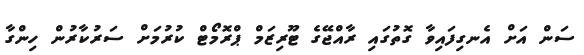
ސަން އަށް އެނގިފައިވާ ގޮތުގައި ރާއްޖޭގެ ޓޫރިޒަމް ޕްރޮމޯޓް ކުރުމަށް ސަރުކާރުން ހިންގާ